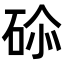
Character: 𥒨